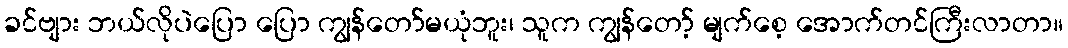
ခင်ဗျား ဘယ်လိုပဲပြော ပြော ကျွန်တော်မယုံဘူး၊ သူက ကျွန်တော့် မျက်စေ့ အောက်တင်ကြီးလာတာ။